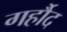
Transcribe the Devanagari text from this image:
गर्हौद